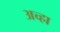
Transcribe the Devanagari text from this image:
अच्हा